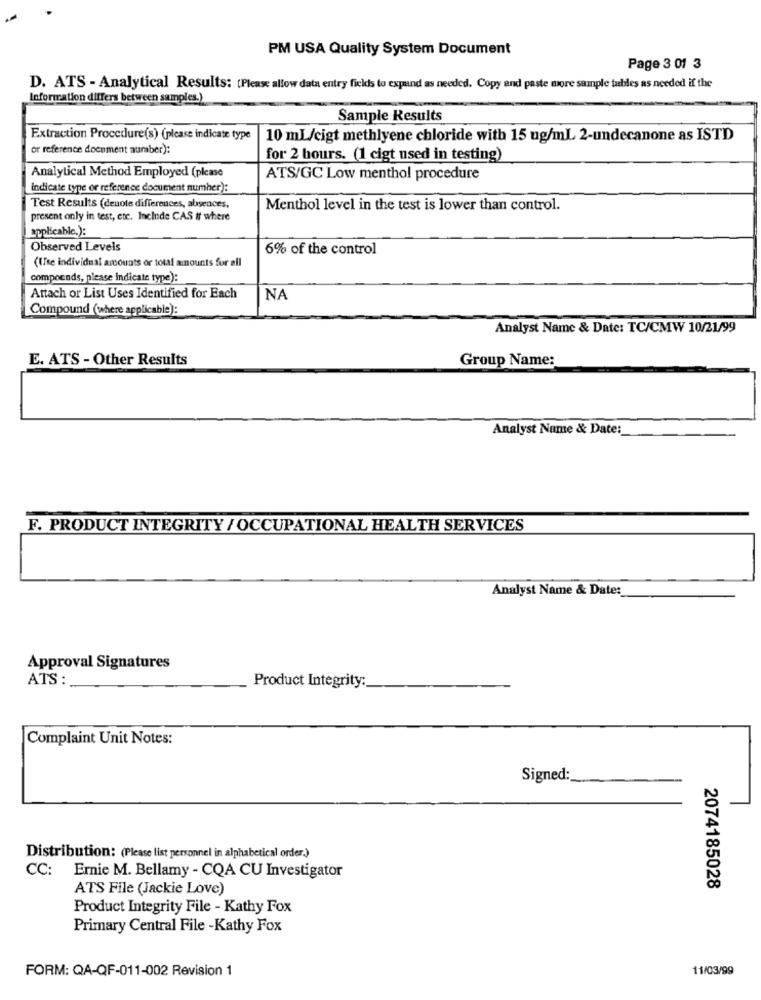
PM USA Quality System Document
Page 3 01 3
D. ATS - Analytical Results: [Please allow data entry fields to expand as needed. Copy and paste more sample tables as needed if the
Information differs between samples.)
Sample Results
Extraction Procedure(s) (please indicate type
10 mL/cigt methlyene chloride with 15 ug/mL 2-undecanone as ISTD
or reference document number):
for 2 hours. (1 cigt used in testing)
Analytical Method Employed (please
ATS/GC Low menthol procedure
indicate type or reference document numher):
Test Results (denote differences, absences,
Menthol level in the test is lower than control.
present only in test, etc. Include CAS if where
applicable.):
Observed Levels
6% of the control
(ITse individual amounts or total amounts for all
compounds, please indicate type):
Attach or List Uses Identified for Each
NA
Compound (where applicable):
Analyst Name & Date: TC/CMW 10/21/99
E. ATS - Other Results
Group Name:
Analyst Name & Date :_
F. PRODUCT INTEGRITY / OCCUPATIONAL HEALTH SERVICES
Analyst Name & Date:
Approval Signatures
ATS :
Product Integrity:
Complaint Unit Notes:
Signed :
Distribution: (Please list personnel in alphabetical order.)
CC: Ernie M. Bellamy - CQA CU Investigator
ATS File (Jackie Love)
2074185028
Product Integrity File - Kathy Fox
Primary Central File -Kathy Fox
FORM: QA-QF-011-002 Revision 1
11/03/99